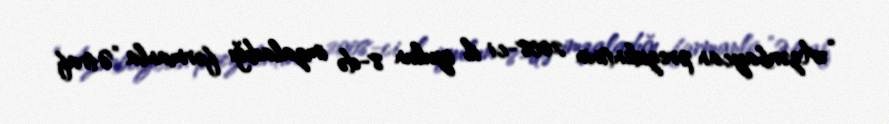
“Azərbaycan prezidentinin 2008-ci il iyulun 8-də imzaladığı fərmanla ”Ətraf